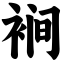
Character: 裥